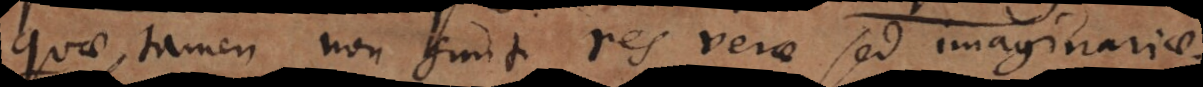
quae tamen non sunt res verae sed ima